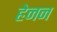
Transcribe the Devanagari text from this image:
हेनन